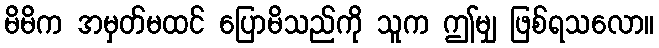
မိမိက အမှတ်မထင် ပြောမိသည်ကို သူက ဤမျှ ဖြစ်ရသလော။